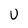
Character: U